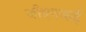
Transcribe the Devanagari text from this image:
जीएनआई